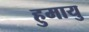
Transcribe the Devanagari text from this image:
हुमायु